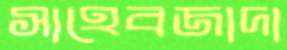
সাহেবজাদা